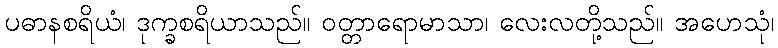
ပဓာနစရိယံ၊ ဒုက္ခစရိယာသည်။ ဝတ္တာရောမာသာ၊ လေးလတို့သည်။ အဟေသုံ၊